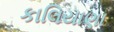
કાલિયાણા